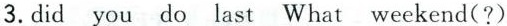
3.did you do last What weekend(?)